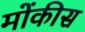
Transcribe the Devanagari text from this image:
मोंकीस